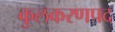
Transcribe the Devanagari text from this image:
कुलकरणपद